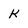
Character: k